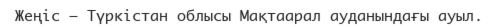
Жеңіс – Түркістан облысы Мақтаарал ауданындағы ауыл.